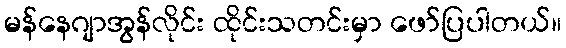
မန်နေဂျာအွန်လိုင်း ထိုင်းသတင်းမှာ ဖော်ပြပါတယ်။